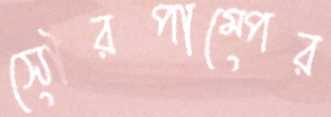
সৌরপাম্পের